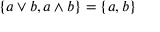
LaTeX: \{ a \vee b , a \wedge b \} = \{ a , b \}